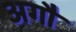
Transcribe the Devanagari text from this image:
अगौ